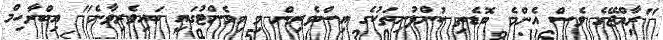
"ރާއްޖޭގެ ވެސް އެންމެ ބޮޑެތި ކުންފުނިތަކުގެ އިސްވެރިން މި އިވެންޓުގައި ބައިވެރިވާނެ" އިބްރާހިމް